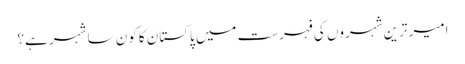
امیر ترین شہروں کی فہرست میں پاکستان کا کون سا شہر ہے؟